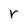
Character: r